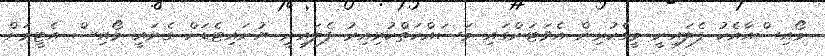
މޯއިސްއާއެކު ފެލައިނީ މީގެކުރިން އެވަޓަންގައި މަސައްކަތްކުރިއިރު ފެލައިނީ ޔުނައިޓެޑަށް ގެނައީ މޯއިސް އެޓީމަށް